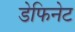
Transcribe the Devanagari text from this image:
डेफिनेट